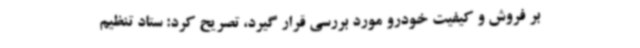
بر فروش و کیفیت خودرو مورد بررسی قرار گیرد، تصریح کرد: ستاد تنظیم